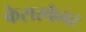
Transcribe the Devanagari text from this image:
केसरकँवर